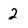
Character: 2